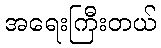
အရေးကြီးတယ်